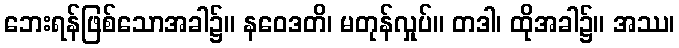
ဘေးရန်ဖြစ်သောအခါ၌။ နဝေဒတိ၊ မတုန်လှုပ်။ တဒါ၊ ထိုအခါ၌။ အဿ၊